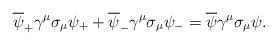
LaTeX: \begin{align*}\overline{\psi}_{+} \gamma^{\mu} \sigma_{\mu} \psi_{+} + \overline{\psi}_{-} \gamma^{\mu} \sigma_{\mu} \psi_{-}= \overline{\psi} \gamma^\mu \sigma_{\mu} \psi.\end{align*}